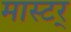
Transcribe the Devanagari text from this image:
मास्टर्